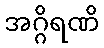
အဂ္ဂိရဏိ